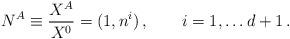
LaTeX: \begin{align*}N^A \equiv {X^A\over X^0} = (1, n^i)\,,\qquad i = 1, \dots d+1\,.\end{align*}